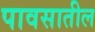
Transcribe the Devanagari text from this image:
पावसातील